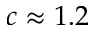
c \approx 1 . 2